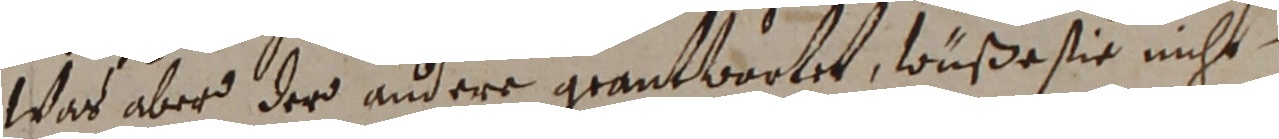
Was aber der andere grantwortet, wüße sie nicht